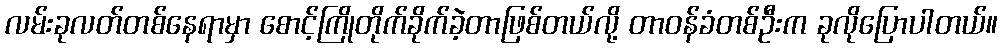
လမ်းခုလတ်တစ်နေရာမှာ စောင့်ကြိုတိုက်ခိုက်ခဲ့တာဖြစ်တယ်လို့ တာဝန်ခံတစ်ဦးက ခုလိုပြောပါတယ်။